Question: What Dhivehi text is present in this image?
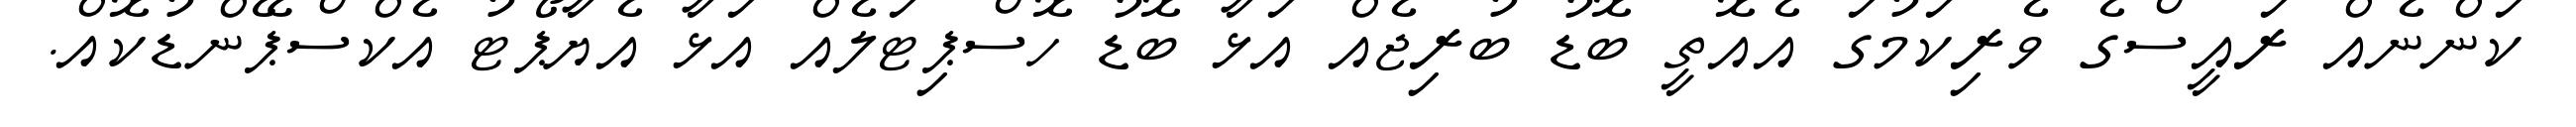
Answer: ކަންނެއް ރައީސްގެ ވެރިކަމުގަ އެއޮތީ ބޮޑު ބުރިޖެއް އަޅާ ބޮޑު ހޮސްޕިޓަލެއް އަޅާ އެޔާޕޯޓު އެކްސްޕޭންޑުކޮއް.